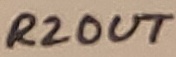
Text: R2OUT